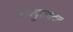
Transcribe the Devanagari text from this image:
नागपुराजवळ